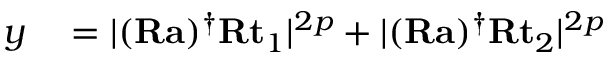
\begin{array} { r l } { y } & { { } = \lvert ( \mathbf { R } \mathbf { a } ) ^ { \dag } \mathbf { R } \mathbf { t } _ { 1 } \rvert ^ { 2 p } + \lvert ( \mathbf { R } \mathbf { a } ) ^ { \dag } \mathbf { R } \mathbf { t } _ { 2 } \rvert ^ { 2 p } } \end{array}